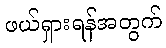
ဖယ်ရှားရန်အတွက်